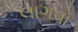
લાગવો